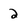
Character: 2